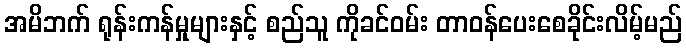
အမိဘက် ရုန်းကန်မှုများနှင့် စည်သူ ကိုခင်ဝမ်း တာဝန်ပေးစေခိုင်းလိမ့်မည်